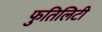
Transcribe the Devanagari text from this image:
फुतिलिटी